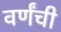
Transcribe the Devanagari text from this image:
वर्णंची